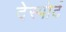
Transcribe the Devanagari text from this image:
देस्पोर्ट